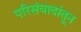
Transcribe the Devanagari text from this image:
परिसंवादांतून